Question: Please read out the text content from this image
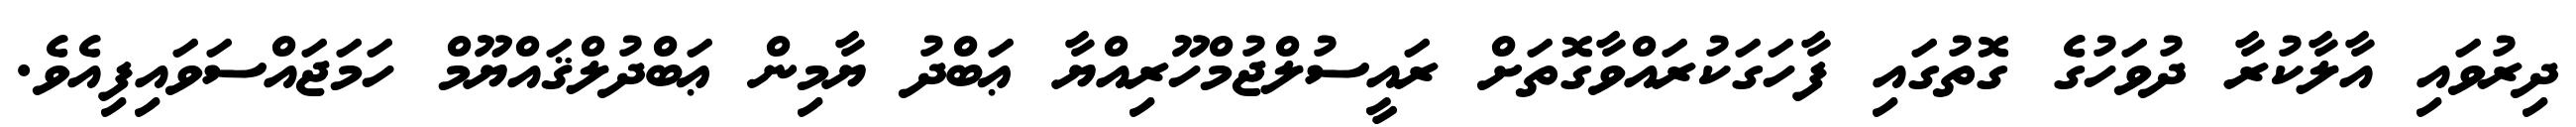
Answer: ދިރުވައި އާލާކުރާ ދުވަހުގެ ގޮތުގައި ފާހަގަކުރައްވާގޮތަށް ރައީސުލްޖުމްހޫރިއްޔާ ޢަބްދު ޔާމިން ޢަބްދުލްޤައްޔޫމް ހަމަޖައްސަވައިފިއެވެ.